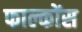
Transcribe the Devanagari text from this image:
फाल्कोंस